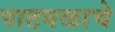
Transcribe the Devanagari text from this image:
पाठबळाचे